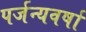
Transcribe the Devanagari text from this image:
पर्जन्यवर्षा